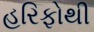
હરિફોથી